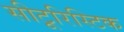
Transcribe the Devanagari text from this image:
सीटूरिस्टिक